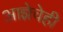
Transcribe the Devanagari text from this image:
आज्ञेचेही